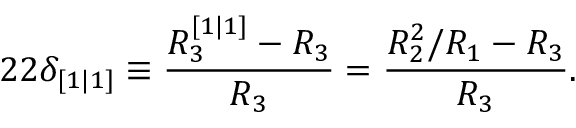
2 2 \delta _ { [ 1 | 1 ] } \equiv \frac { R _ { 3 } ^ { [ 1 | 1 ] } - R _ { 3 } } { R _ { 3 } } = \frac { R _ { 2 } ^ { 2 } / R _ { 1 } - R _ { 3 } } { R _ { 3 } } .